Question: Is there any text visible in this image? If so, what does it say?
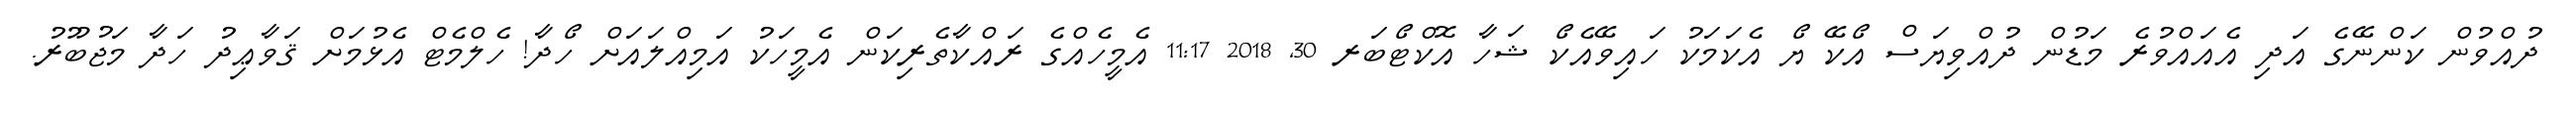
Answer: ދުއްވުން ކަންނޭގެ އަދި އެއައްވުރެ މަޑުން ދުއްވިޔަސް އޯކޭ ޔޯ އެކަމަކު ހައިވޭއެކޯ ޝަހާ އޮކްޓޯބަރ 30, 2018 11:17 އެމީހެއްގެ ރައްކާތެރިކަން އެމީހަކު އަމިއްލައަށް ހޯދާ! ހެލްމެޓް އެޅުމަށް ޤަވާޢިދު ހަދާ މަޖުބޫރު.